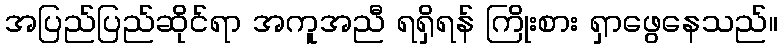
အပြည်ပြည်ဆိုင်ရာ အကူအညီ ရရှိရန် ကြိုးစား ရှာဖွေနေသည်။